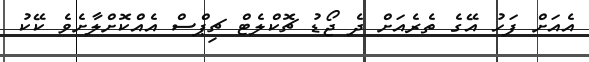
އެއަށް ފަހު އޭގެ ތެރެއަށް ދެ ޖޯޑު ޗޮކްލެޓް ޗިޕްސް އެއްކޮށްލާށެވެ ކޭކު